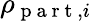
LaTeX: \rho_{\mathrm{~p~a~r~t~},i}